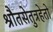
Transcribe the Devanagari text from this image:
श्रौतसेतुत्रहेतो